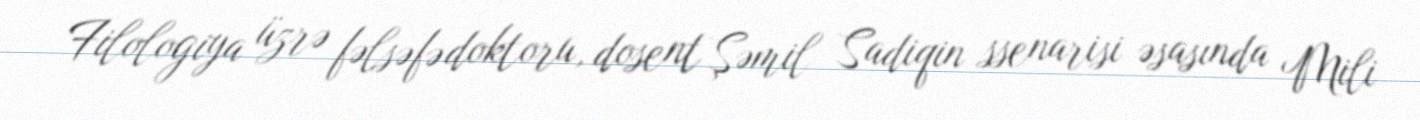
Filologiya üzrə fəlsəfə doktoru, dosent Şəmil Sadiqin ssenarisi əsasında Mili